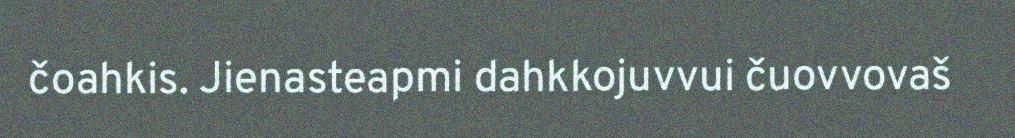
čoahkis. Jienasteapmi dahkkojuvvui čuovvovaš